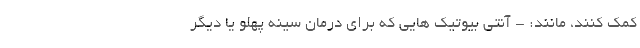
کمک کنند، مانند: - آنتی بیوتیک هایی که برای درمان سینه پهلو یا دیگر